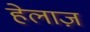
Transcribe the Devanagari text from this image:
हेलाज़